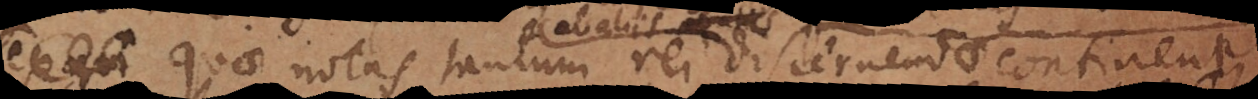
s, quae notas tantum rei discernendae continent,